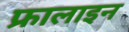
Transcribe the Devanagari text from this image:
फ्रालाइन